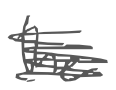
Text: the
Cross-out: scratch
Writing tool: digital_gray